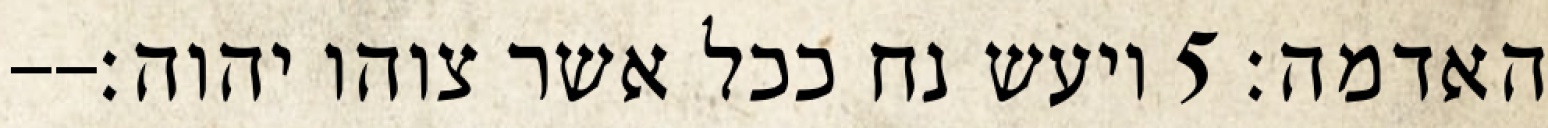
האדמה׃ ‎5‏ ויעש נח ככל אשר צוהו יהוה׃--